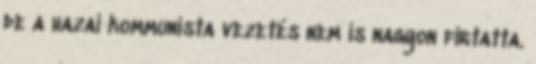
de a hazai kommunista vezetés nem is nagyon firtatta.